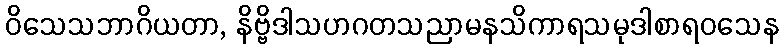
ဝိသေသဘာဂိယတာ, နိဗ္ဗိဒါသဟဂတသညာမနသိကာရသမုဒါစာရဝသေန